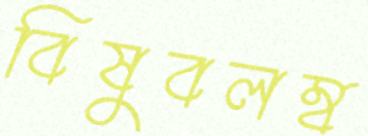
বিষুবলম্ব